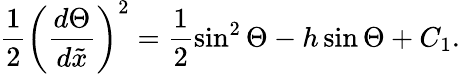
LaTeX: \frac{1}{2}\left(\frac{d\Theta}{d\tilde{x}}\right)^{2}=\frac{1}{2}\sin^{2}\Theta-h\sin\Theta+C_{1}.